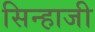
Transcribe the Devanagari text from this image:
सिन्हाजी